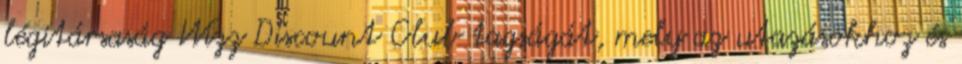
légitársaság Wizz Discount Club tagságát, mely az utazásokhoz és